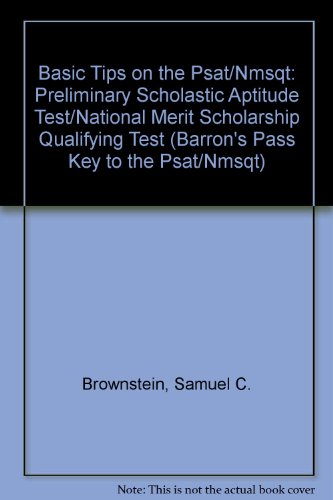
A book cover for Basic Tips on the Psat/Nmsqt: Preliminary Scholastic Aptitude Test/National Merit Scholarship Qualifying Test (Barron's Pass Key to the Psat/Nmsqt); Samuel C. Brownstein; Test Preparation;